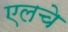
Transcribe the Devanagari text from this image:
एलचे